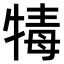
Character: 𤚚